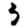
Digit: 5